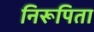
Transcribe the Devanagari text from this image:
निरूपिता